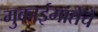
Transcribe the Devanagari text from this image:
मुकाईमातेचे